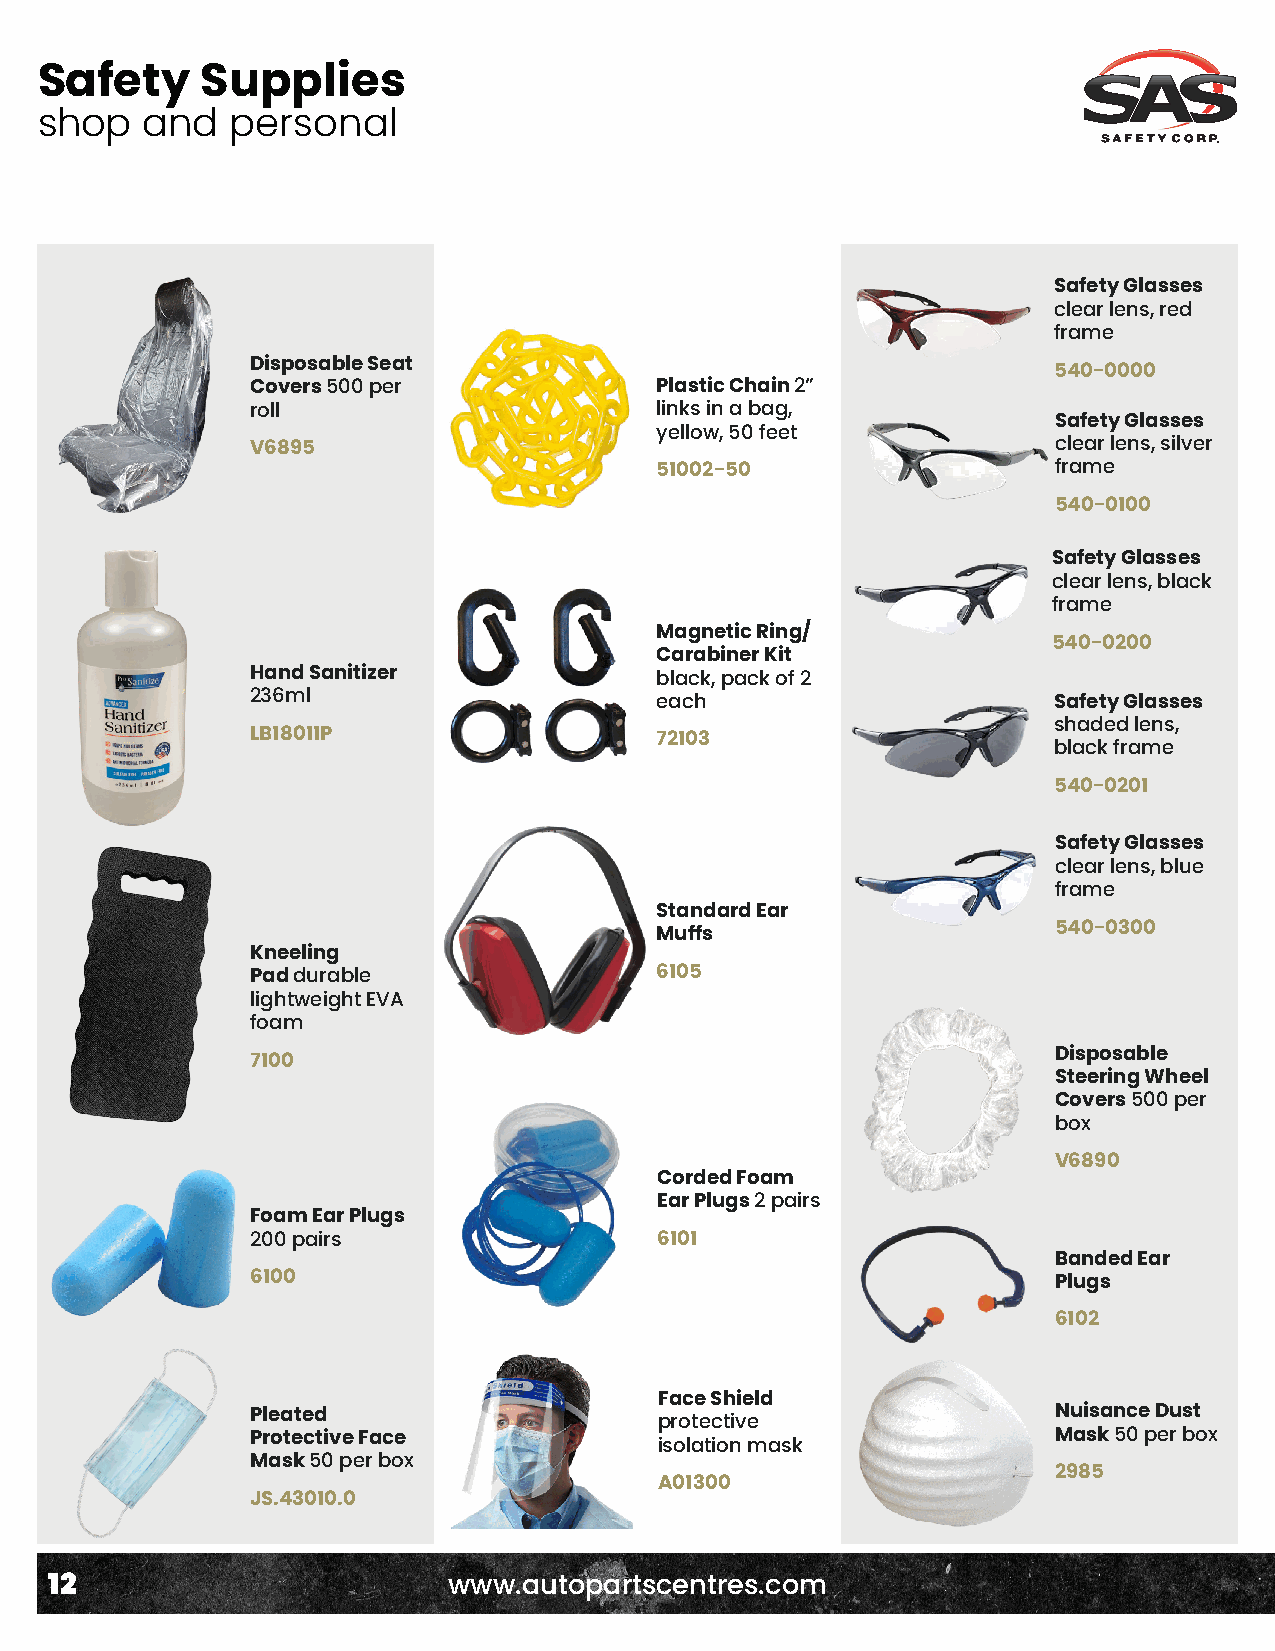
Safety     Supplies
 shop   and   personal
 Safety Glasses
 clear lens, red
 frame
 Disposable Seat
 540-0000
 Covers 500 per            Plastic Chain 2”
 roll                      links in a bag,
 Safety Glasses
 yellow, 50 feet
 V6895                                                clear lens, silver
 51002-50                   frame
 540-0100
 Safety Glasses
 clear lens, black
 frame
 Magnetic Ring/
 540-0200
 Carabiner Kit
 Hand Sanitizer            black, pack of 2
 236ml                     each                       Safety Glasses
 shaded lens,
 LB18011P                  72103
 black frame
 540-0201
 Safety Glasses
 clear lens, blue
 frame
 Standard Ear
 540-0300
 Muffs
 Kneeling
 Pad durable               6105
 lightweight EVA
 foam
 Disposable
 7100
 Steering Wheel
 Covers 500 per
 box
 V6890
 Corded Foam
 Ear Plugs 2 pairs
 Foam Ear Plugs
 200 pairs                  6101
 Banded Ear
 6100                                                 Plugs
 6102
 Face Shield
 Pleated                                              Nuisance Dust
 protective
 Protective Face                                      Mask 50 per box
 isolation mask
 Mask 50 per box
 2985
 A01300
 JS.43010.0
 12                         www.autopartscentres.com